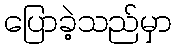
ပြောခဲ့သည်မှာ